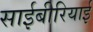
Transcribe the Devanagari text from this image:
साईबीरियाई